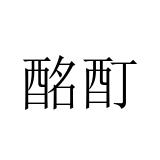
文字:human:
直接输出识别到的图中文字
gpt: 酩酊